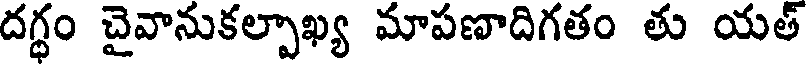
దగ్ధం చైవానుకల్పాఖ్య మాపణాదిగతం తు యత్